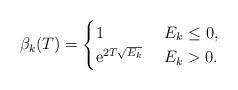
LaTeX: \begin{align*} \beta_k(T) = \begin{cases} 1 & \ E_k \leq 0, \\ \mathrm{e}^{2T \sqrt{E_k} } & \ E_k > 0 . \\ \end{cases}\end{align*}